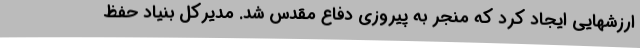
ارزشهایی ایجاد کرد که منجر به پیروزی دفاع مقدس شد. مدیرکل بنیاد حفظ